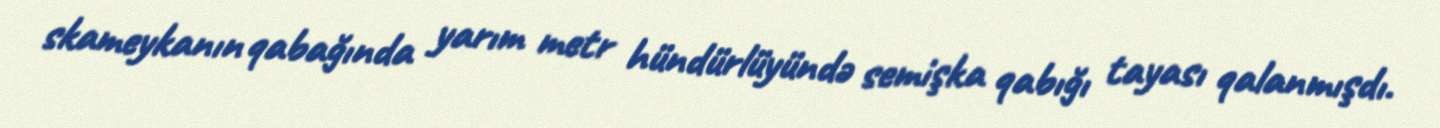
skameykanın qabağında yarım metr hündürlüyündə semişka qabığı tayası qalanmışdı.